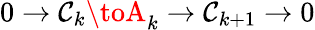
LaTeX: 0\to\mathcal{C}_{k}\toA_{k}\to\mathcal{C}_{k+1}\to0